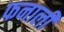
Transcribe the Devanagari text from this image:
फनाली